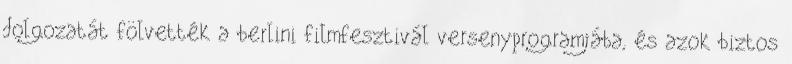
dolgozatát fölvették a berlini filmfesztivál versenyprogramjába, és azok biztos